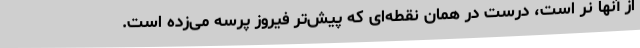
از آنها نر است، درست در همان نقطه‌ای که پیش‌تر فیروز پرسه می‌زده است.